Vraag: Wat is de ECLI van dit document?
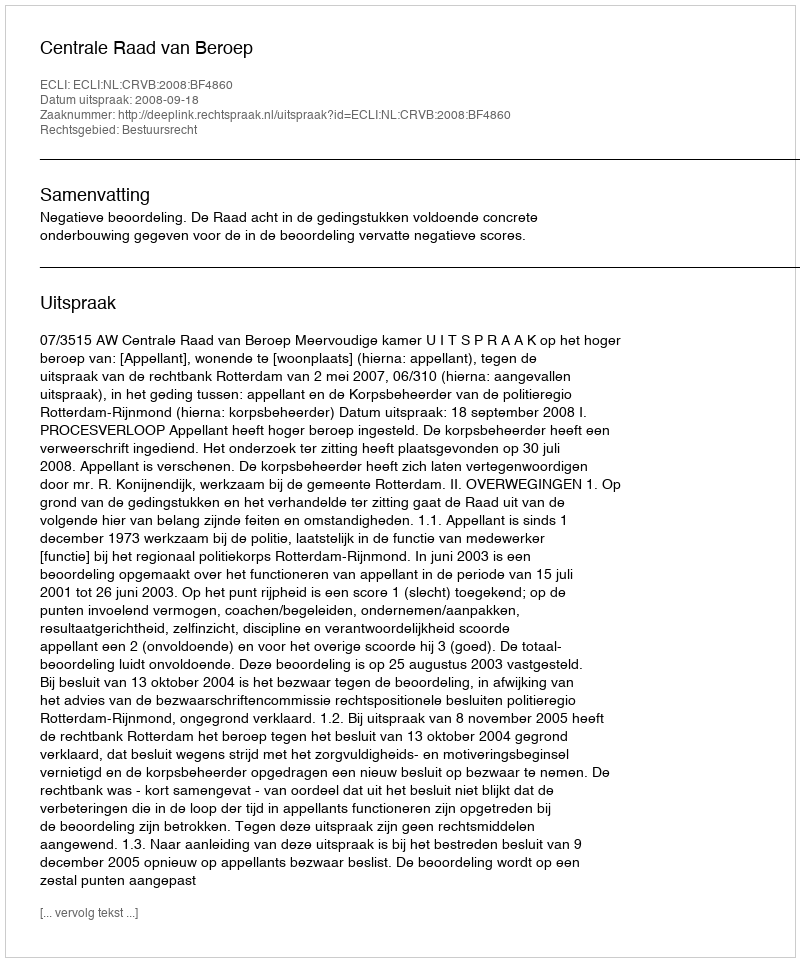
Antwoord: ECLI:NL:CRVB:2008:BF4860